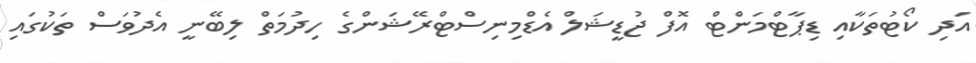
އަދި ކޯޓުތަކާއި ޑިޕާޓްމަންޓް އޮފް ޖުޑީޝަލް އެޑްމިނިސްޓްރޭޝަންގެ ހިދުމަތް ލިބޭނީ އެދުވަސް ތަކުގައި